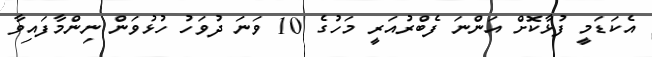
އެކަޑަމީ ފުޅާކޮށް އަންނަ ފެބްރުއަރީ މަހުގެ 10 ވަނަ ދުވަހު ހުޅުވަން ނިންމާފައިވާ